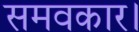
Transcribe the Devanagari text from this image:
समवकार।